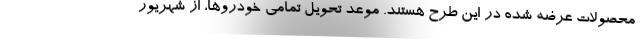
محصولات عرضه شده در این طرح هستند. موعد تحویل تمامی خودروها، از شهریور